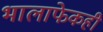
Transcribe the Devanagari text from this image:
भालाफेकही